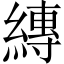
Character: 縳